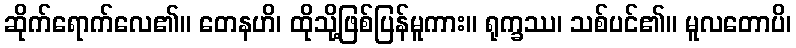
ဆိုက်ရောက်လေ၏။ တေနဟိ၊ ထိုသို့ဖြစ်ပြန်မူကား။ ရုက္ခဿ၊ သစ်ပင်၏။ မူလတောပိ၊